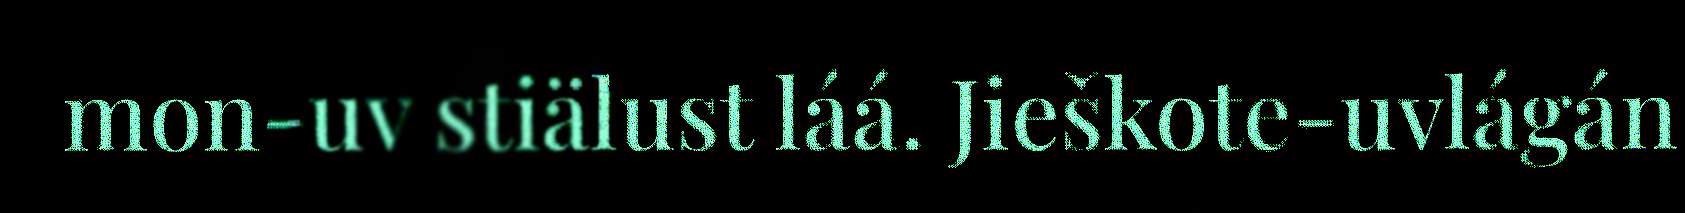
mon-uv stiälust láá. Jieškote-uvlágán